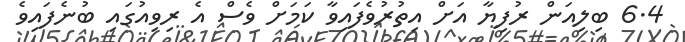
6.4 ބިލިއަން ރުފިޔާ އަށް އިތުރުވެފައިވާ ކަމަށް ވެސް އެ ރިވިއުގައި ބުނެފައިވެ